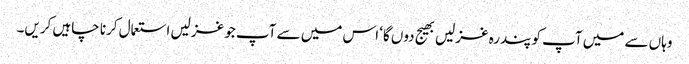
وہاں سے میں آپ کو پندرہ غزلیں بھیج دوں گا‘ اس میں سے آپ جو غزلیں استعمال کرنا چاہیں کریں۔